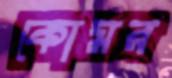
কোমর